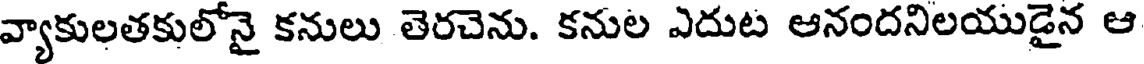
వ్యాకులతకులోనై కనులు తెరచెను. కనుల ఎదుట ఆనందనిలయుడైన ఆ